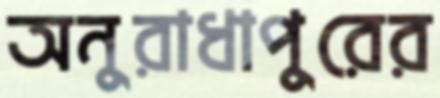
অনুরাধাপুরের